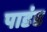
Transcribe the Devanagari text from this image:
पाडंड